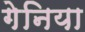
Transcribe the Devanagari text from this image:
गेनिया